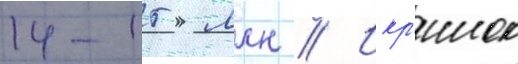
14-15 млн // Икр'инок